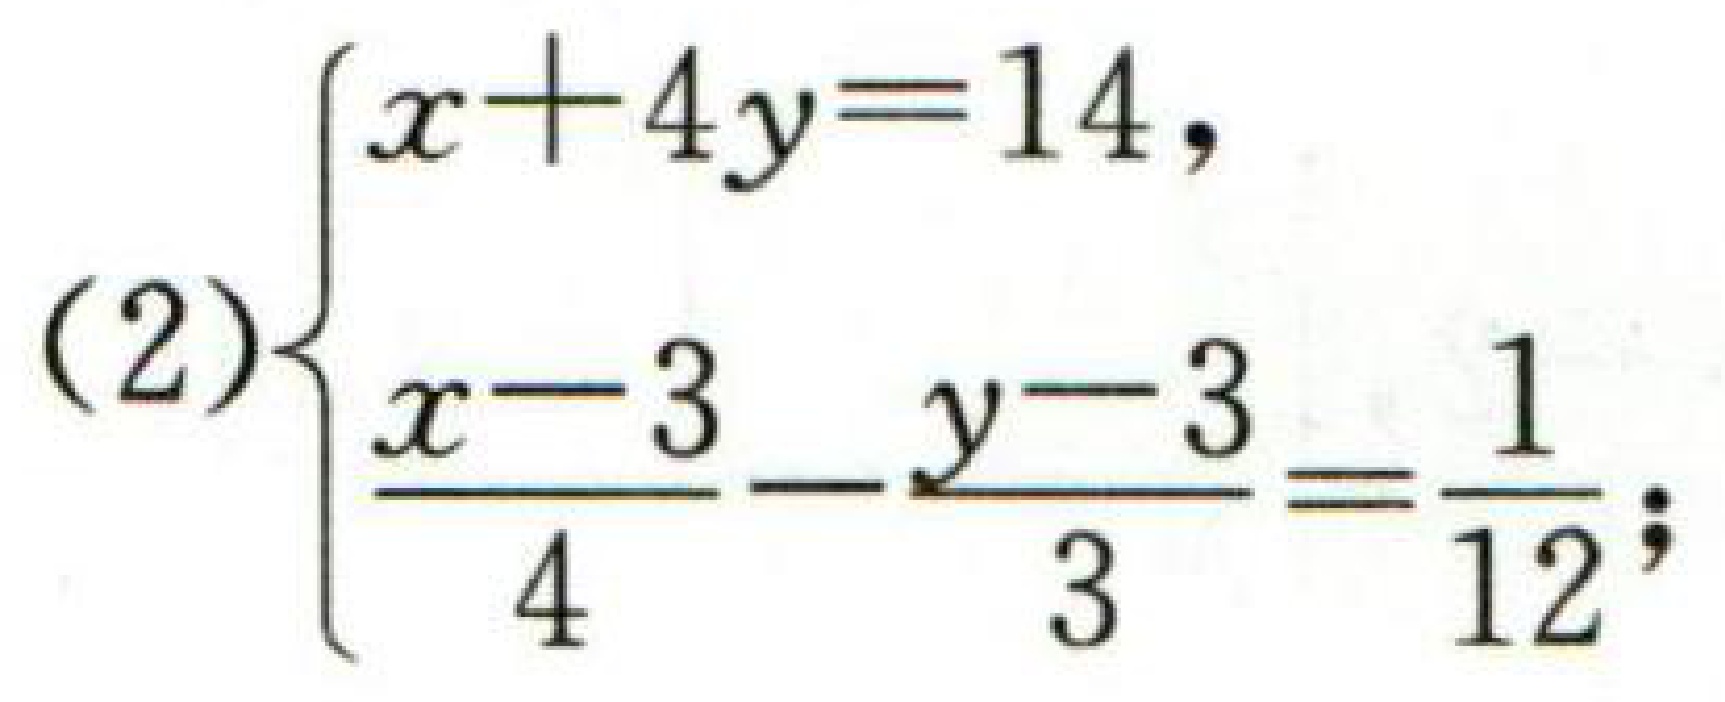
\[(2)\begin{cases}
x + 4y=14,\\
\frac{x - 3}{4}-\frac{y - 3}{3}=\frac{1}{12};
\end{cases}\]